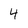
Character: 4